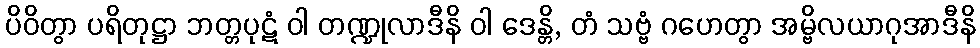
ပိဝိတွာ ပရိတုဋ္ဌာ ဘတ္တပုဋံ ဝါ တဏ္ဍုလာဒီနိ ဝါ ဒေန္တိ, တံ သဗ္ဗံ ဂဟေတွာ အမ္ဗိလယာဂုအာဒီနိ